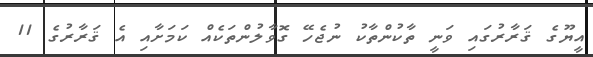
އީޔޫގެ ޤަރާރުގައި ވަނީ ތާކުންތާކު ނުޖެހޭ ގޮވާލުންތަކެއް ކަމަށާއި އެ ޤަރާރުގެ 11